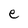
Character: e